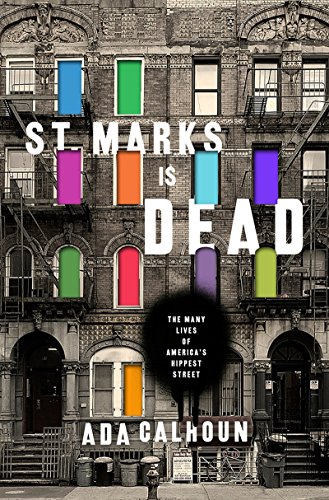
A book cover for St. Marks Is Dead: The Many Lives of America's Hippest Street; Ada Calhoun; Humor & Entertainment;